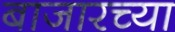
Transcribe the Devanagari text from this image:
बाजारच्या